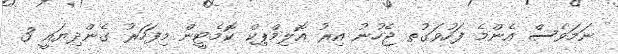
ނަމަވެސް އެންމެ ފަހުވަގުތ ޖެހުނު އިރު އޮލިމްޕިކް ކޮމެޓީން މިފަހަރު ގެންދިޔައީ 3